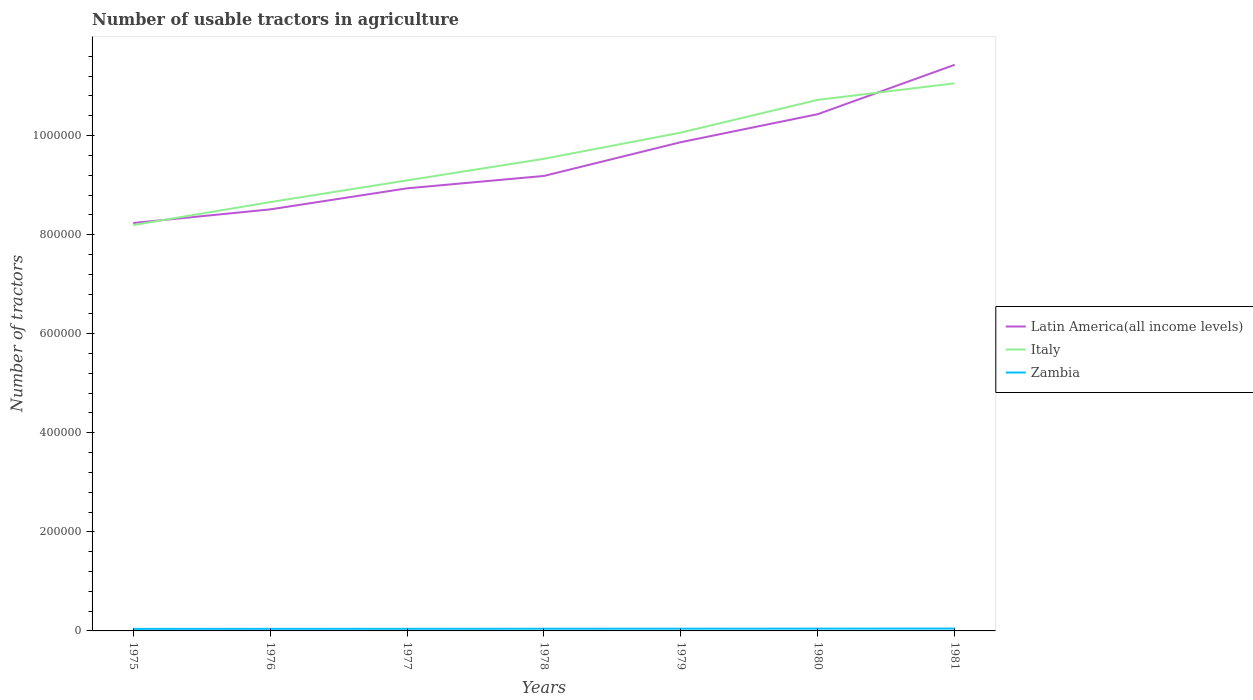
| Years | Latin America(all income levels) | Italy | Zambia |
 | --- | --- | --- | --- |
 | 1975 | 8.24e+05 | 8.19e+05 | 4.1e+03 |
 | 1976 | 8.51e+05 | 8.66e+05 | 4.2e+03 |
 | 1977 | 8.94e+05 | 9.1e+05 | 4.3e+03 |
 | 1978 | 9.19e+05 | 9.53e+05 | 4.4e+03 |
 | 1979 | 9.87e+05 | 1.01e+06 | 4.5e+03 |
 | 1980 | 1.04e+06 | 1.07e+06 | 4.64e+03 |
 | 1981 | 1.14e+06 | 1.11e+06 | 4.78e+03 |